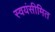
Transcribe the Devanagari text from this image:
स्वयंसीमित